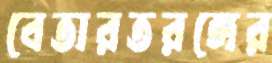
বেতারতরঙ্গের